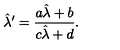
\hat { \lambda } ^ { \prime } = \frac { a \hat { \lambda } + b } { c \hat { \lambda } + d } .